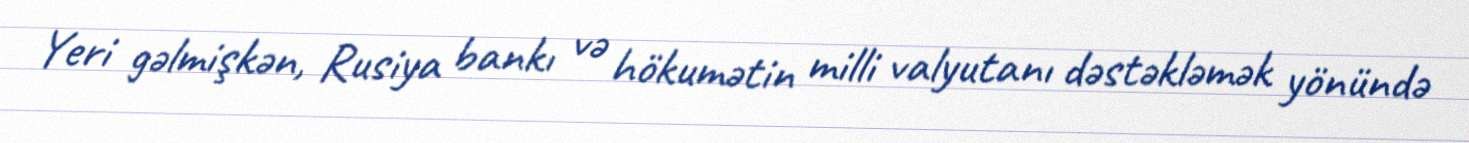
Yeri gəlmişkən, Rusiya bankı və hökumətin milli valyutanı dəstəkləmək yönündə